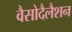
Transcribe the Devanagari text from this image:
वैसोदैलैशन